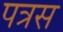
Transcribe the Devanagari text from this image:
पत्रस